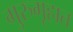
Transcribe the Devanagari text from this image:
गुरुगृहात